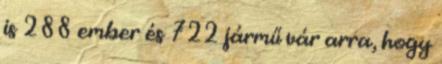
is 288 ember és 722 jármű vár arra, hogy